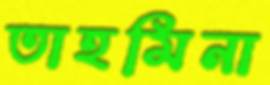
তাহমিনা